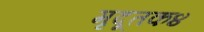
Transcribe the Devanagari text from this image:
मृदूतक४